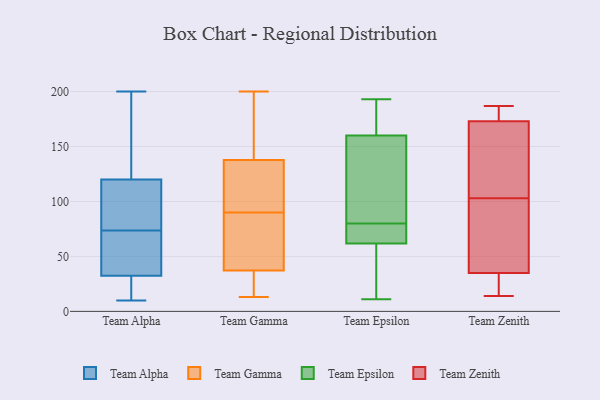
{"axis": {"x": "Budget (USD K)", "y": "Value"}, "legend": ["Team Alpha", "Team Epsilon", "Team Gamma", "Team Zenith"], "data": [{"x": "", "y": 11, "type": "Team Alpha"}, {"x": "", "y": 42, "type": "Team Alpha"}, {"x": "", "y": 44, "type": "Team Alpha"}, {"x": "", "y": 106, "type": "Team Alpha"}, {"x": "", "y": 174, "type": "Team Alpha"}, {"x": "", "y": 23, "type": "Team Alpha"}, {"x": "", "y": 200, "type": "Team Alpha"}, {"x": "", "y": 99, "type": "Team Alpha"}, {"x": "", "y": 125, "type": "Team Alpha"}, {"x": "", "y": 66, "type": "Team Alpha"}, {"x": "", "y": 10, "type": "Team Alpha"}, {"x": "", "y": 127, "type": "Team Alpha"}, {"x": "", "y": 65, "type": "Team Alpha"}, {"x": "", "y": 47, "type": "Team Alpha"}, {"x": "", "y": 97, "type": "Team Alpha"}, {"x": "", "y": 81, "type": "Team Alpha"}, {"x": "", "y": 137, "type": "Team Alpha"}, {"x": "", "y": 15, "type": "Team Alpha"}, {"x": "", "y": 115, "type": "Team Alpha"}, {"x": "", "y": 13, "type": "Team Alpha"}, {"x": "", "y": 200, "type": "Team Gamma"}, {"x": "", "y": 42, "type": "Team Gamma"}, {"x": "", "y": 40, "type": "Team Gamma"}, {"x": "", "y": 86, "type": "Team Gamma"}, {"x": "", "y": 29, "type": "Team Gamma"}, {"x": "", "y": 151, "type": "Team Gamma"}, {"x": "", "y": 121, "type": "Team Gamma"}, {"x": "", "y": 90, "type": "Team Gamma"}, {"x": "", "y": 128, "type": "Team Gamma"}, {"x": "", "y": 143, "type": "Team Gamma"}, {"x": "", "y": 13, "type": "Team Gamma"}, {"x": "", "y": 136, "type": "Team Gamma"}, {"x": "", "y": 21, "type": "Team Gamma"}, {"x": "", "y": 61, "type": "Team Epsilon"}, {"x": "", "y": 81, "type": "Team Epsilon"}, {"x": "", "y": 187, "type": "Team Epsilon"}, {"x": "", "y": 69, "type": "Team Epsilon"}, {"x": "", "y": 70, "type": "Team Epsilon"}, {"x": "", "y": 11, "type": "Team Epsilon"}, {"x": "", "y": 64, "type": "Team Epsilon"}, {"x": "", "y": 72, "type": "Team Epsilon"}, {"x": "", "y": 54, "type": "Team Epsilon"}, {"x": "", "y": 13, "type": "Team Epsilon"}, {"x": "", "y": 168, "type": "Team Epsilon"}, {"x": "", "y": 170, "type": "Team Epsilon"}, {"x": "", "y": 123, "type": "Team Epsilon"}, {"x": "", "y": 15, "type": "Team Epsilon"}, {"x": "", "y": 193, "type": "Team Epsilon"}, {"x": "", "y": 136, "type": "Team Epsilon"}, {"x": "", "y": 85, "type": "Team Epsilon"}, {"x": "", "y": 80, "type": "Team Epsilon"}, {"x": "", "y": 173, "type": "Team Epsilon"}, {"x": "", "y": 185, "type": "Team Zenith"}, {"x": "", "y": 14, "type": "Team Zenith"}, {"x": "", "y": 113, "type": "Team Zenith"}, {"x": "", "y": 93, "type": "Team Zenith"}, {"x": "", "y": 35, "type": "Team Zenith"}, {"x": "", "y": 187, "type": "Team Zenith"}, {"x": "", "y": 173, "type": "Team Zenith"}, {"x": "", "y": 49, "type": "Team Zenith"}, {"x": "", "y": 18, "type": "Team Zenith"}, {"x": "", "y": 123, "type": "Team Zenith"}]}